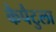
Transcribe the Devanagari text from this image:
कैपैटुला